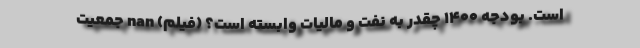
است. بودجه ۱۴۰۰ چقدر به نفت و مالیات وابسته است؟ (فیلم) nan جمعیت